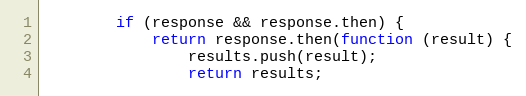
Language: JavaScript
        if (response && response.then) {
            return response.then(function (result) {
                results.push(result);
                return results;